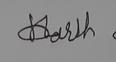
Signature authenticity: forged